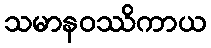
သမာနဝဿိကာယ